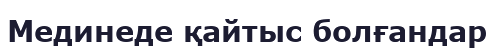
Мединеде қайтыс болғандар